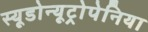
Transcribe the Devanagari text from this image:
स्यूडोन्यूट्रोपेनिया